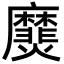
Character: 㸏